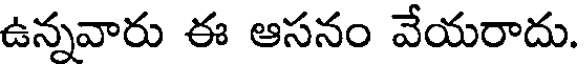
ఉన్నవారు ఈ ఆసనం వేయరాదు.